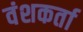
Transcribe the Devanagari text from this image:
वंशकर्ता